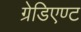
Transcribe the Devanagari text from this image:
ग्रेडिएण्ट